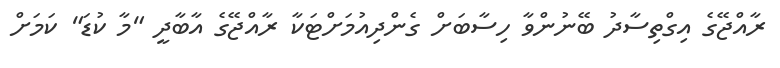
ރާއްޖޭގެ އިގްތިސާދު ބޭނުންވާ ހިސާބަށް ގެންދިއުމަށްޓަކާ ރާއްޖޭގެ އާބާދީ "މާ ކުޑަ" ކަމަށް